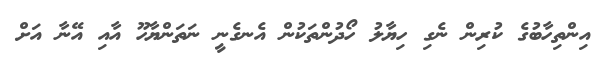
އިންތިހާބުގެ ކުރިން ނެގި ހިޔާލު ހޯދުންތަކުން އެނގެނީ ނަތަންޔާހޫ އާއި އޭނާ އަށް